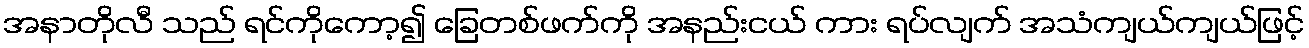
အနာတိုလီ သည် ရင်ကိုကော့၍ ခြေတစ်ဖက်ကို အနည်းငယ် ကား ရပ်လျက် အသံကျယ်ကျယ်ဖြင့်